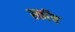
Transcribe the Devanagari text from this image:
स्‍कॉच